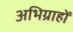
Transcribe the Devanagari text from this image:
अभिग्राहों